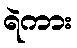
ရဲကား